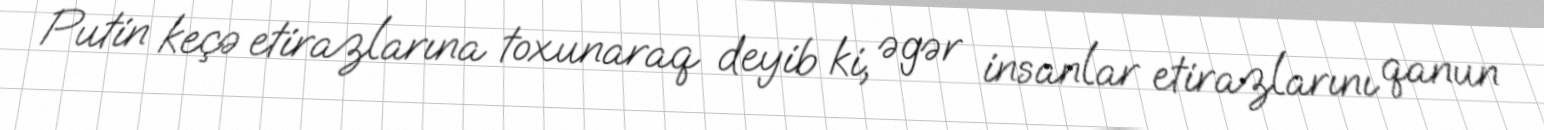
Putin keçə etirazlarına toxunaraq deyib ki, əgər insanlar etirazlarını qanun